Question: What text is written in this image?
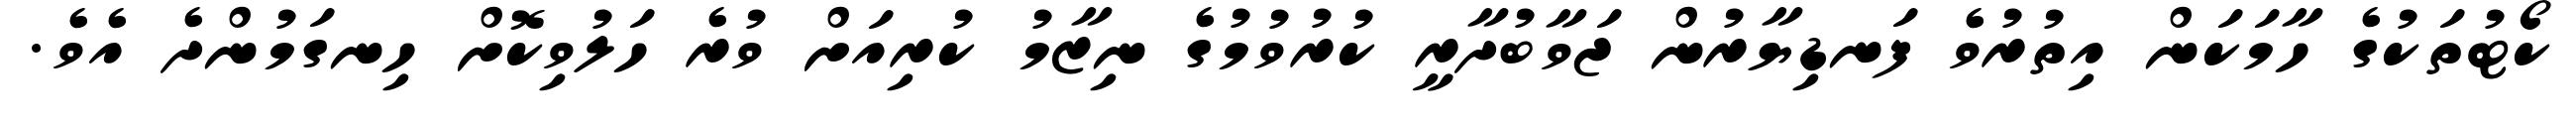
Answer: ކޯޓުތަކުގެ ހާމަކަން އިތުރުވެ ފަނޑިޔާރުން ޖަވާބުދާރީ ކުރުވުމުގެ ނިޒާމު ކުރިއަށް ވުރެ ހަލުވިކޮށް ހިނގަމުންދެ އެވެ.